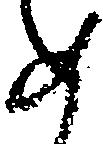
如